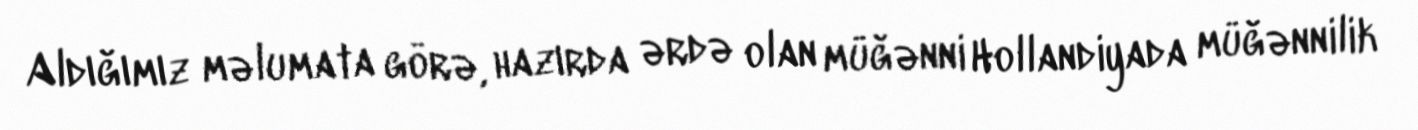
Aldığımız məlumata görə, hazırda ərdə olan müğənni Hollandiyada müğənnilik